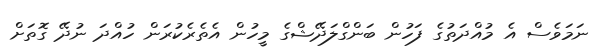
ނަމަވެސް އެ މުއްދަތުގެ ފަހުން ބަންގްލަދޭޝްގެ މީހުން އެތެރެކުރަން ހުއްދަ ނުދޭ ގޮތަށް